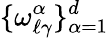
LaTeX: \{ \omega_{\ell\gamma}^{\alpha}\} _{\alpha=1}^{d}